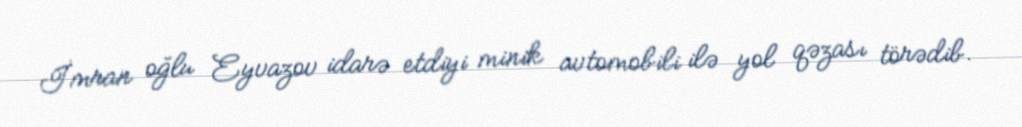
İmran oğlu Eyvazov idarə etdiyi minik avtomobili ilə yol qəzası törədib.